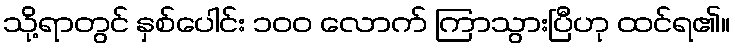
သို့ရာတွင် နှစ်ပေါင်း ၁၀၀ လောက် ကြာသွားပြီဟု ထင်ရ၏။